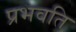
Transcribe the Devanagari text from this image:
प्रभवति